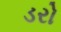
ડરો